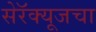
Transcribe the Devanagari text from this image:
सेरॅक्यूजचा